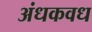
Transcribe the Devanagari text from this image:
अंधकवध